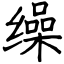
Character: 缲